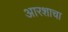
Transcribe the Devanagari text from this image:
आरशाचा